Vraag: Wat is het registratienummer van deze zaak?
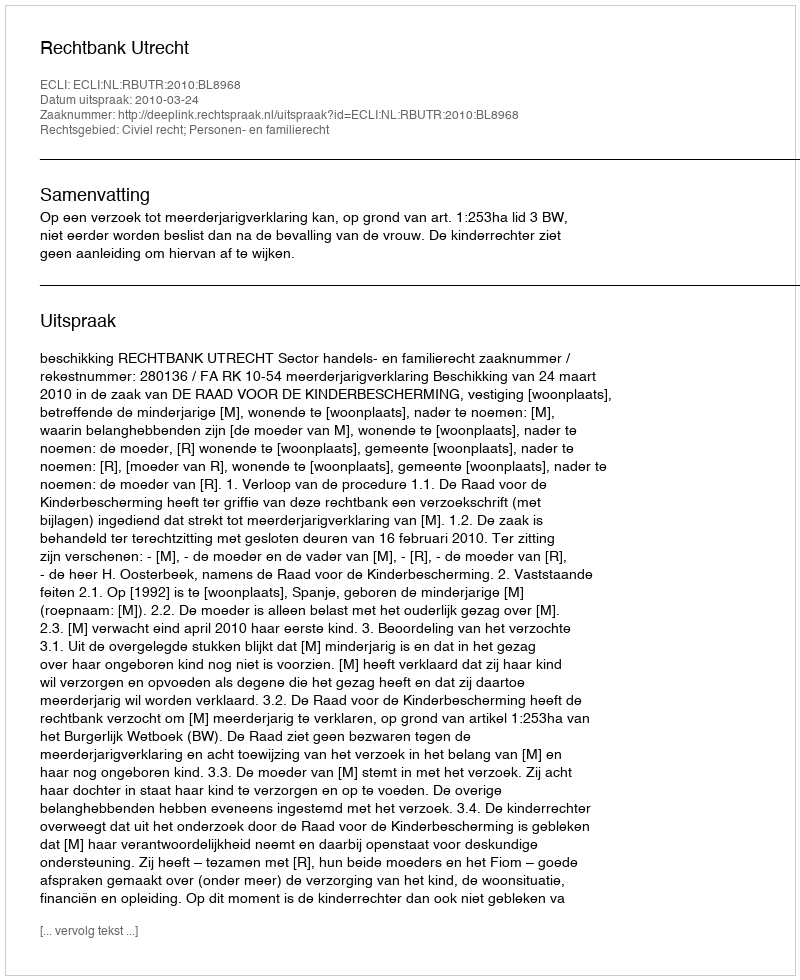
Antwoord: http://deeplink.rechtspraak.nl/uitspraak?id=ECLI:NL:RBUTR:2010:BL8968